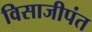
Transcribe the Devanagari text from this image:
विसाजीपंत